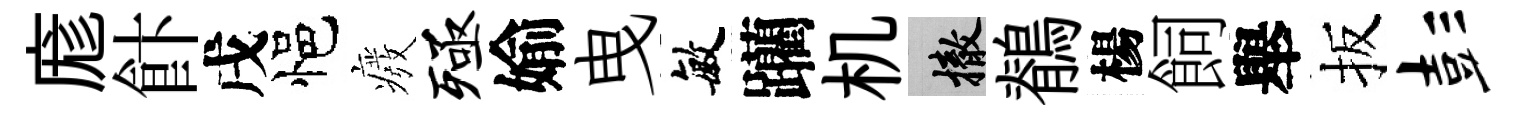
庬飰戌悒癈殛媮曳敏躪机撤鶺楊飼舉扳彭